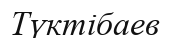
Түктібаев